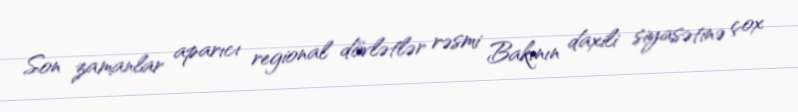
Son zamanlar aparıcı regional dövlətlər rəsmi Bakının daxili siyasətinə çox